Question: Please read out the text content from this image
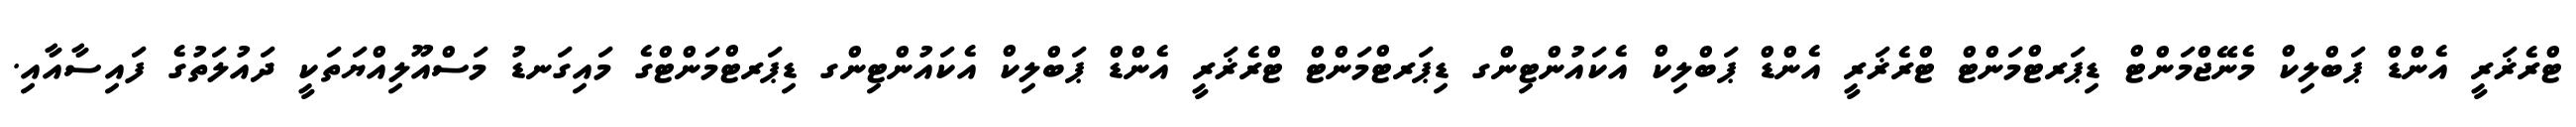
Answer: ޓްރެޜަރީ އެންޑް ޕަބްލިކް މެނޭޖްމަންޓް ޑިޕަރޓްމަންޓް ޓްރެޜަރީ އެންޑް ޕަބްލިކް އެކައުންޓިންގ ޑިޕަރޓްމަންޓް ޓްރެޜަރީ އެންޑް ޕަބްލިކް އެކައުންޓިންގ ޑިޕަރޓްމަންޓްގެ މައިގަނޑު މަސްއޫލިއްޔަތަކީ ދައުލަތުގެ ފައިސާއާއި.